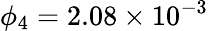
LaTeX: \phi_{4}=2.08\times 10^{-3}